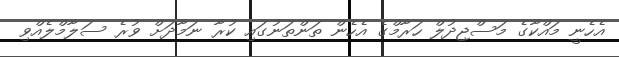
އެހެނީ މައްކާގެ މަސްޖިދުލް ހަރާމްގެ އެހެން ތަންތަނުގައި ކުރާ ނަމާދަށް ވުރެ ސަލާމްލެއްވި